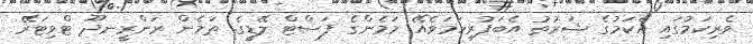
ވެރިކަމުގައި އެކަމުގެ ޝަރުތު އެބަފުރިހަމަވެއޭ މަމެންގެ ފަސްޓް ލޭޑީގެ. ތަމެން ރަންރީނދޫ ޓްވިޓަރޭ